Annual report of the Punjab Veterinary College and of the Civil Veterinary Department, Punjab - 1920-1925
Year: 1920
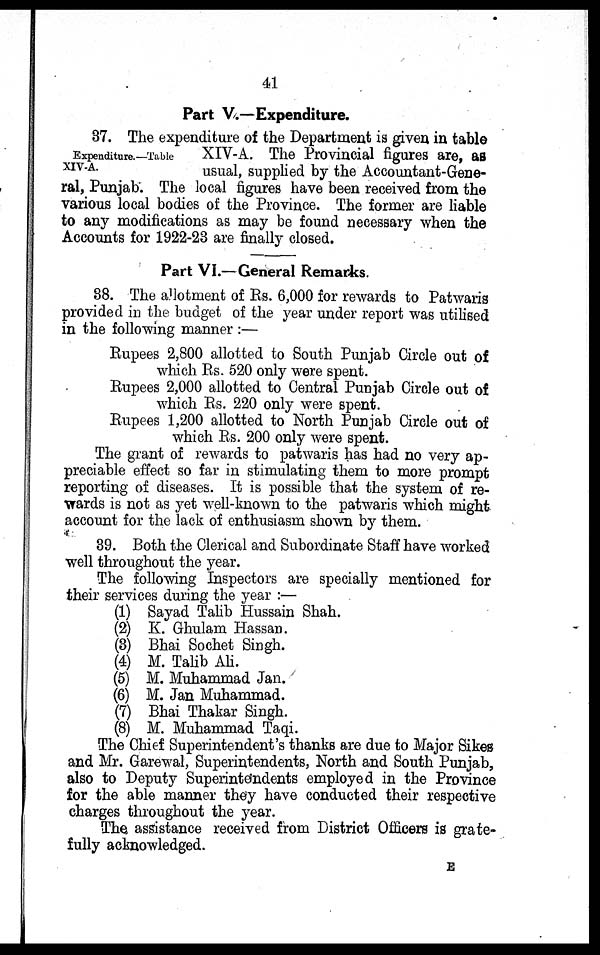
41
Part V.—Expenditure.
Expenditure.—Table
XIV-A.
37. The expenditure of the Department is given in table
XIV-A. The Provincial figures are, as
usual, supplied by the Accountant-Gene-
ral, Punjab. The local figures have been received from the
various local bodies of the Province. The former are liable
to any modifications as may be found necessary when the
Accounts for 1922-23 are finally closed.
Part VI.—General Remarks.
38. The allotment of Rs. 6,000 for rewards to Patwaris
provided in the budget of the year under report was utilised
in the following manner:—
Rupees 2,800 allotted to South Punjab Circle out of
which Rs. 520 only were spent.
Rupees 2,000 allotted to Central Punjab Circle out of
which Rs. 220 only were spent.
Rupees 1,200 allotted to North Punjab Circle out of
which Rs. 200 only were spent.
The grant of rewards to patwaris has had no very ap-
preciable effect so far in stimulating them to more prompt
reporting of diseases. It is possible that the system of re-
-ards is not as yet well-known to the patwaris which might
account for the lack of enthusiasm shown by them.
39. Both the Clerical and Subordinate Staff have worked
well throughout the year.
The following Inspectors are specially mentioned for
their services during the year:—
(1)
(2)
(3)
(4)
(5)
(6)
(7)
(8)
Sayad Talib Hussain Shah.
K. Ghulam Hassan.
Bhai Sochet Singh.
M. Talib Ali.
M. Muhammad Jan.
M. Jan Muhammad.
Bhai Thakar Singh.
M. Muhammad Taqi.
The Chief Superintendent's thanks are due to Major Sikes
and Mr. Garewal, Superintendents, North and South Punjab,
also to Deputy Superintendents employed in the Province
for the able manner they have conducted their respective
charges throughout the year.
The assistance received from District Officers is grate-
fully acknowledged.
E